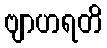
ဗျာဟရတိ